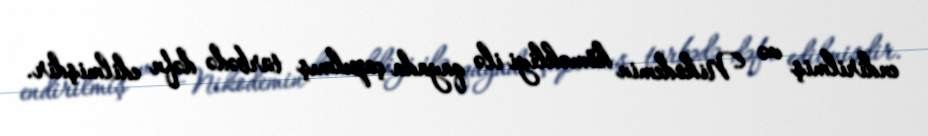
endirilmiş və Nikodemin köməkliyi ilə qayada çapılmış türbədə dəfn edilmişdir.